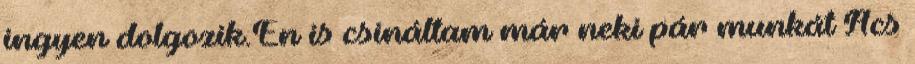
ingyen dolgozik.Én is csináltam már neki pár munkát Ács